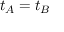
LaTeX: t _ { A } = t _ { B }